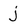
Character: j